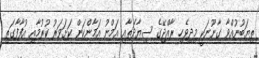
ތިޔަބުނުއްވާ ގާނޫނަކީ މިދިވެހި ރާއްޖޭގެ ސިޔާދަތާއި އަމްނު އަމާންކަން ކަށަވަރު ކުރުމާއި އުފާފާގަތި